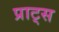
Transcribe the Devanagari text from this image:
प्राट्स